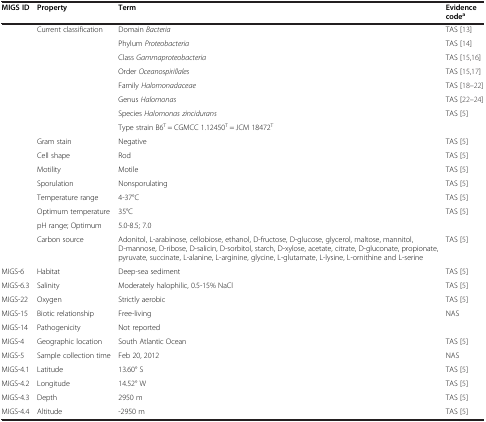
<table><thead><tr><td><b>MIGS ID</b></td><td><b>Property</b></td><td><b>Term</b></td><td><b>Evidence code<sup>a</sup></b></td></tr></thead><tbody><tr><td> </td><td>Current classification</td><td>Domain <i>Bacteria</i></td><td>TAS [13]</td></tr><tr><td> </td><td> </td><td>Phylum <i>Proteobacteria</i></td><td>TAS [14]</td></tr><tr><td> </td><td> </td><td>Class <i>Gammaproteobacteria</i></td><td>TAS [15,16]</td></tr><tr><td> </td><td> </td><td>Order <i>Oceanospirillales</i></td><td>TAS [15,17]</td></tr><tr><td> </td><td> </td><td>Family <i>Halomonadaceae</i></td><td>TAS [18]–[22]</td></tr><tr><td> </td><td> </td><td>Genus <i>Halomonas</i></td><td>TAS [22]–[24]</td></tr><tr><td> </td><td> </td><td>Species <i>Halomonas zincidurans</i></td><td>TAS [5]</td></tr><tr><td> </td><td> </td><td>Type strain B6<sup>T</sup> = CGMCC 1.12450<sup>T</sup> = JCM 18472<sup>T</sup></td><td> </td></tr><tr><td> </td><td>Gram stain</td><td>Negative</td><td>TAS [5]</td></tr><tr><td> </td><td>Cell shape</td><td>Rod</td><td>TAS [5]</td></tr><tr><td> </td><td>Motility</td><td>Motile</td><td>TAS [5]</td></tr><tr><td> </td><td>Sporulation</td><td>Nonsporulating</td><td>TAS [5]</td></tr><tr><td> </td><td>Temperature range</td><td>4-37°C</td><td>TAS [5]</td></tr><tr><td> </td><td>Optimum temperature</td><td>35°C</td><td>TAS [5]</td></tr><tr><td> </td><td>pH range; Optimum</td><td>5.0-8.5; 7.0</td><td> </td></tr><tr><td> </td><td>Carbon source</td><td>Adonitol, L-arabinose, cellobiose, ethanol, D-fructose, D-glucose, glycerol, maltose, mannitol, D-mannose, D-ribose, D-salicin, D-sorbitol, starch, D-xylose, acetate, citrate, D-gluconate, propionate, pyruvate, succinate, L-alanine, L-arginine, glycine, L-glutamate, L-lysine, L-ornithine and L-serine</td><td>TAS [5]</td></tr><tr><td>MIGS-6</td><td>Habitat</td><td>Deep-sea sediment</td><td>TAS [5]</td></tr><tr><td>MIGS-6.3</td><td>Salinity</td><td>Moderately halophilic, 0.5-15% NaCl</td><td>TAS [5]</td></tr><tr><td>MIGS-22</td><td>Oxygen</td><td>Strictly aerobic</td><td>TAS [5]</td></tr><tr><td>MIGS-15</td><td>Biotic relationship</td><td>Free-living</td><td>NAS</td></tr><tr><td>MIGS-14</td><td>Pathogenicity</td><td>Not reported</td><td> </td></tr><tr><td>MIGS-4</td><td>Geographic location</td><td>South Atlantic Ocean</td><td>TAS [5]</td></tr><tr><td>MIGS-5</td><td>Sample collection time</td><td>Feb 20, 2012</td><td>NAS</td></tr><tr><td>MIGS-4.1</td><td>Latitude</td><td>13.60° S</td><td>TAS [5]</td></tr><tr><td>MIGS-4.2</td><td>Longitude</td><td>14.52° W</td><td>TAS [5]</td></tr><tr><td>MIGS-4.3</td><td>Depth</td><td>2950 m</td><td>TAS [5]</td></tr><tr><td>MIGS-4.4</td><td>Altitude</td><td>-2950 m</td><td>TAS [5]</td></tr></tbody></table>